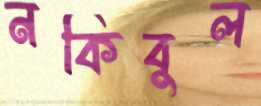
নকিবুল